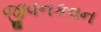
જીવનકવન